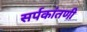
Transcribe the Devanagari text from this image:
सर्पकांतणी